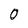
Character: 0